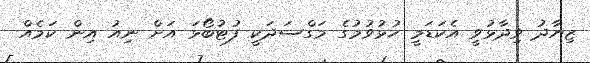
ޒިޔާދު ވިދާޅުވީ އެކަޑަމީ ހުޅުވުމުގެ މަގްސަދަކީ ފުޓުބޯޅަ އަށް ނިއު އިން ކަމެއް